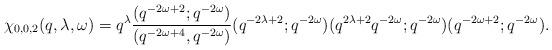
LaTeX: \begin{align*}\chi_{0, 0, 2}(q, \lambda, \omega) = q^\lambda \frac{(q^{-2\omega + 2}; q^{-2\omega})}{(q^{-2\omega + 4}, q^{-2\omega})} (q^{-2\lambda + 2}; q^{-2\omega}) (q^{2\lambda + 2} q^{-2\omega}; q^{-2\omega}) (q^{-2\omega + 2}; q^{-2\omega}).\end{align*}